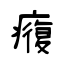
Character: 癁